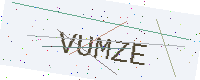
Text: VUMZE